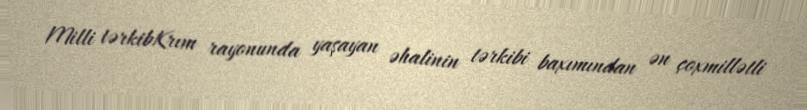
Milli tərkibKrım rayonunda yaşayan əhalinin tərkibi baxımından ən çoxmillətli